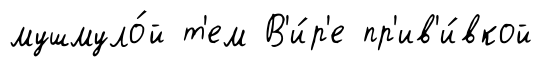
мушмуло́й т'ем В'и́р'е пр'ив'и́вкой